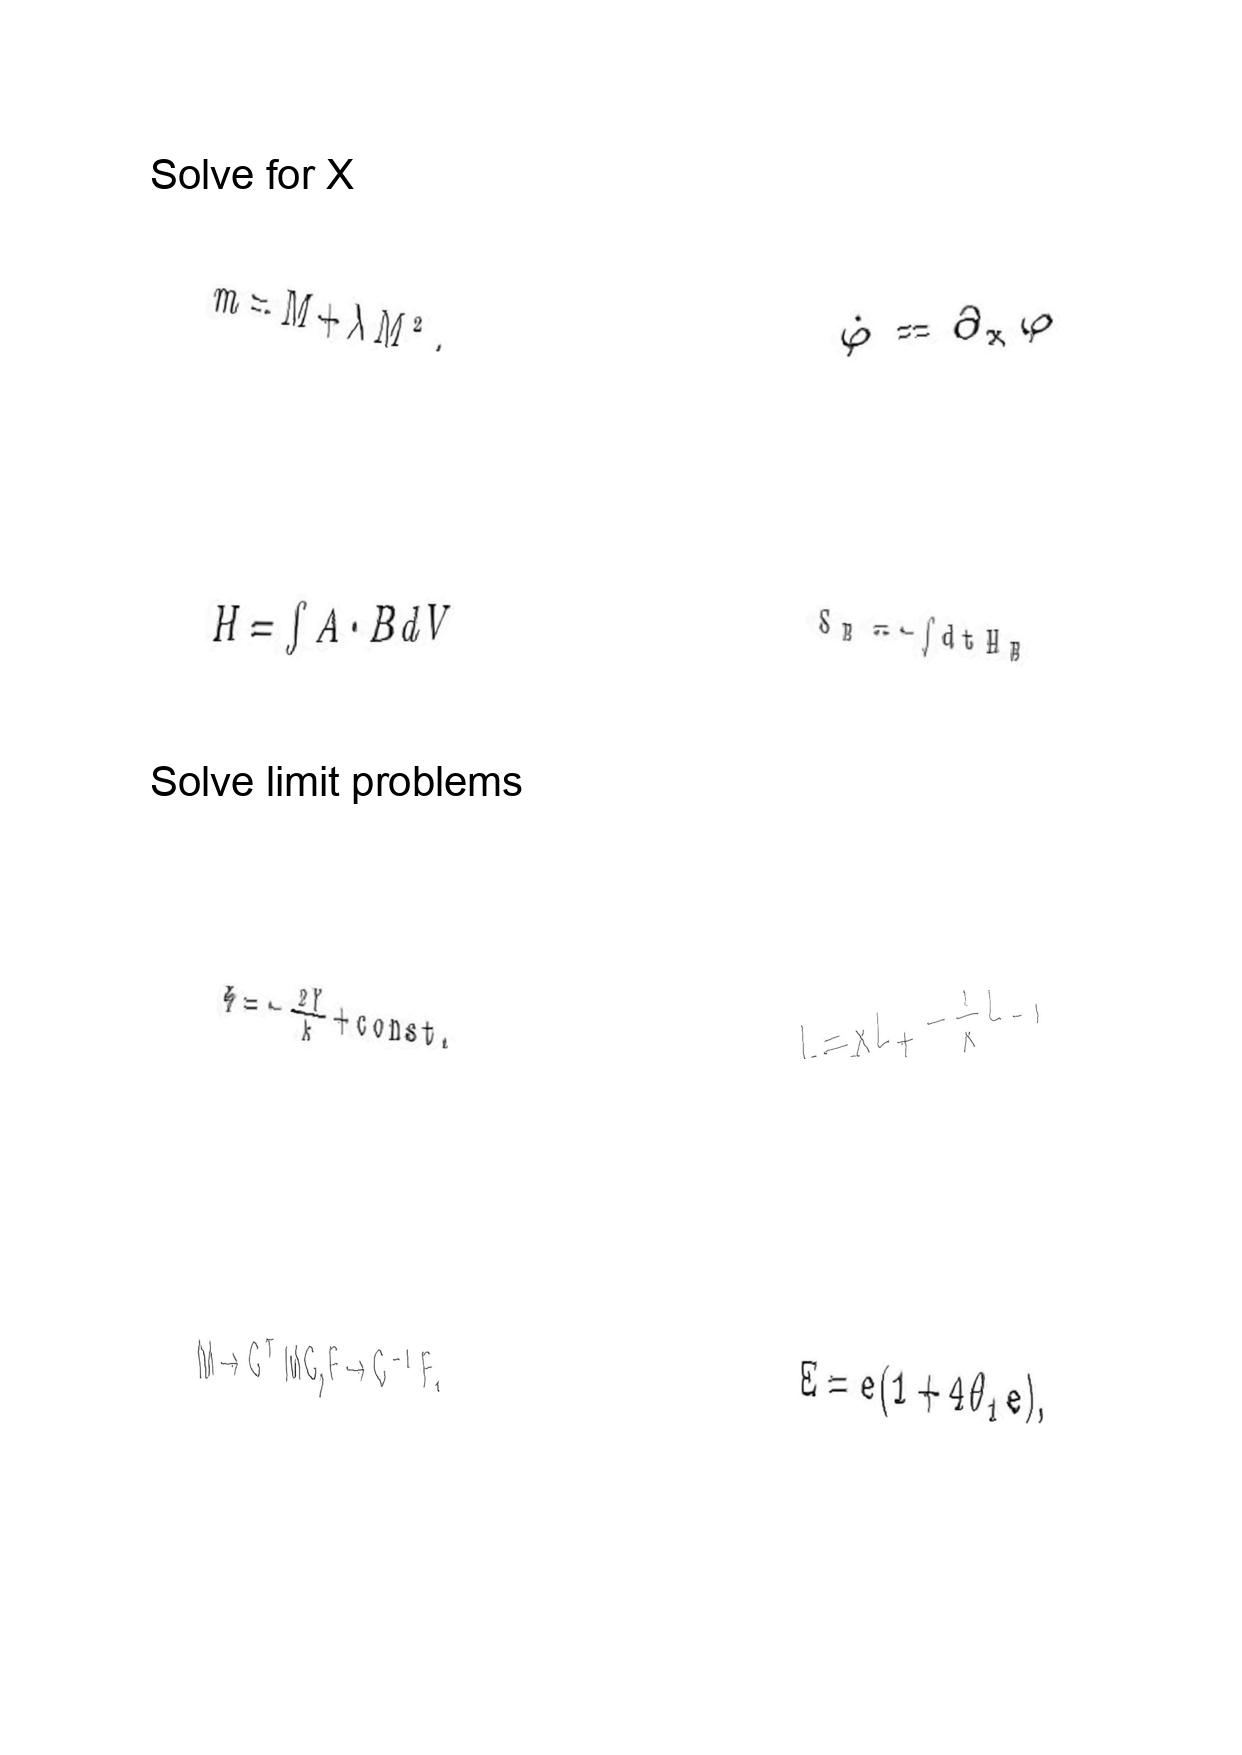
LaTeX transcription:
m = M + \lambda M ^ { 2 } .
H = \int A \cdot B d V
\Phi = - \frac { 2 Y } { k } + c o n s t .
M \to G ^ { T } M G , F \to G ^ { - 1 } F ,
\dot { \varphi } = \partial _ { x } \varphi
S _ { B } = - \int d t H _ { B }
L = x L _ { + } - \frac { 1 } { x } L _ { - } ,
E = e \lparen 1 + 4 \theta _ { 1 } e \rparen ,